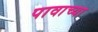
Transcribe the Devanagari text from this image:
पावाच्या